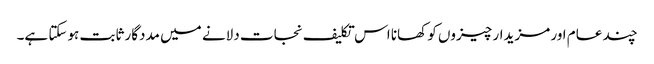
چند عام اور مزیدار چیزوں کو کھانا اس تکلیف نجات دلانے میں مددگار ثابت ہوسکتا ہے۔